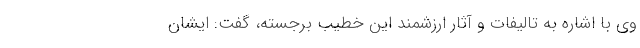
وی با اشاره به تالیفات و آثار ارزشمند این خطیب برجسته، گفت: ایشان